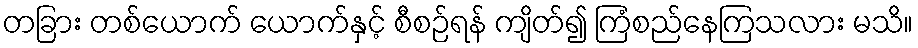
တခြား တစ်ယောက် ယောက်နှင့် စီစဉ်ရန် ကျိတ်၍ ကြံစည်နေကြသလား မသိ။